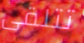
تتلقى